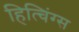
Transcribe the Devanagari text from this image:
हित्चिंग्स